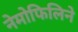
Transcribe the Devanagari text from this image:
नेमोफिलिने